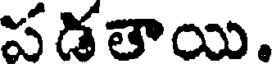
పడతాయి.